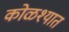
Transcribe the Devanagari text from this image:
कोळश्यात